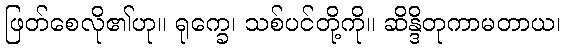
ဖြတ်စေလို၏ဟု။ ရုက္ခေ၊ သစ်ပင်တို့ကို။ ဆိန္ဒိတုကာမတာယ၊